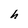
Character: h